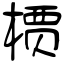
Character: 槚